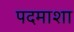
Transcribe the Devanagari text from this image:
पदमाशा